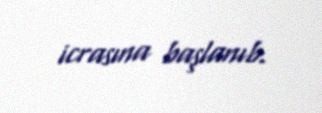
icrasına başlanıb.